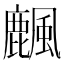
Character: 𪋖